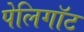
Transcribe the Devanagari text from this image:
पेलिगॉट